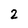
Character: 2